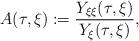
LaTeX: \begin{align*}A (\tau ,\xi ) := \frac{Y_{\xi \xi } (\tau ,\xi )}{Y_\xi (\tau ,\xi )},\end{align*}